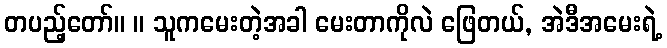
တပည့်တော်။ ။ သူကမေးတဲ့အခါ မေးတာကိုလဲ ဖြေတယ်, အဲဒီအမေးရဲ့